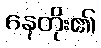
နေတိုး၏